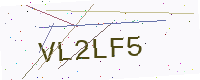
Text: VL2LF5